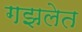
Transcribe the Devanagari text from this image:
गझलेत